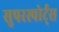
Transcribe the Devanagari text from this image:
सुपरस्पोर्ट्‌स